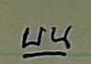
บน